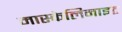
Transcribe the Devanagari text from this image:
मास्केलिनाइट